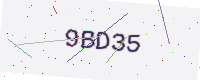
Text: 9BD35